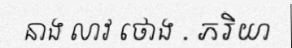
នាង លាវ ថោង . ភរិយា